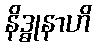
နိဒ္ဓုနာဟိ